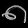
Digit: ၈